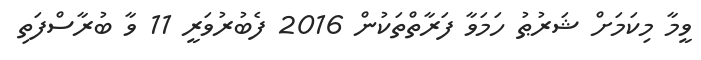
ވީމާ މިކަމަށް ޝަރުޠު ހަމަވާ ފަރާތްތަކުން 2016 ފެބުރުވަރީ 11 ވާ ބުރާސްފަތި